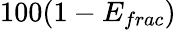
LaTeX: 100(1-E_{frac})